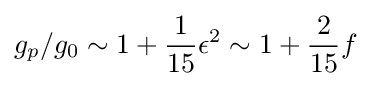
g_{p}/g_{0}\sim 1+{\frac {1}{15}}\epsilon ^{2}\sim 1+{\frac {2}{15}}f